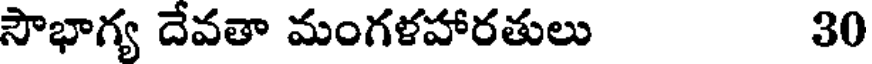
సౌభాగ్య దేవతా మంగళహారతులు 30